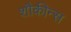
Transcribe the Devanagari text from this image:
शौकीन्स